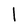
Character: 1